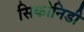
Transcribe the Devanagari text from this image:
सिकोनिडी